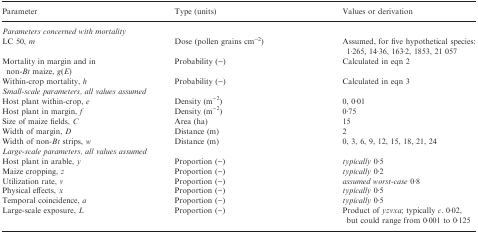
<table><thead><tr><td><b>Parameter</b></td><td><b>Type (units)</b></td><td><b>Values or derivation</b></td></tr></thead><tbody><tr><td colspan="3"><i>Parameters concerned with mortality</i></td></tr><tr><td>LC 50, <i>m</i></td><td>Dose (pollen grains cm<sup>−2</sup>)</td><td>Assumed, for five hypothetical species: 1·265, 14·36, 163·2, 1853, 21 057</td></tr><tr><td>Mortality in margin and in non-<i>Bt</i> maize, <i>g</i>(<i>E</i>)</td><td>Probability (−)</td><td>Calculated in eqn 2</td></tr><tr><td>Within-crop mortality, <i>h</i></td><td>Probability (−)</td><td>Calculated in eqn 3</td></tr><tr><td colspan="3"><i>Small-scale parameters, all values assumed</i></td></tr><tr><td>Host plant within-crop, <i>e</i></td><td>Density (m<sup>−2</sup>)</td><td>0, 0·01</td></tr><tr><td>Host plant in margin, <i>f</i></td><td>Density (m<sup>−2</sup>)</td><td>0·75</td></tr><tr><td>Size of maize fields, <i>C</i></td><td>Area (ha)</td><td>15</td></tr><tr><td>Width of margin, <i>D</i></td><td>Distance (m)</td><td>2</td></tr><tr><td>Width of non-<i>Bt</i> strips, <i>w</i></td><td>Distance (m)</td><td>0, 3, 6, 9, 12, 15, 18, 21, 24</td></tr><tr><td colspan="3"><i>Large-scale parameters, all values assumed</i></td></tr><tr><td>Host plant in arable, <i>y</i></td><td>Proportion (−)</td><td><i>typically</i> 0·5</td></tr><tr><td>Maize cropping, <i>z</i></td><td>Proportion (−)</td><td><i>typically</i> 0·2</td></tr><tr><td>Utilization rate, <i>v</i></td><td>Proportion (−)</td><td><i>assumed worst-case</i> 0·8</td></tr><tr><td>Physical effects, <i>x</i></td><td>Proportion (−)</td><td><i>typically</i> 0·5</td></tr><tr><td>Temporal coincidence, <i>a</i></td><td>Proportion (−)</td><td><i>typically</i> 0·5</td></tr><tr><td>Large-scale exposure, <i>L</i></td><td>Proportion (−)</td><td>Product of <i>yzvxa</i>; typically <i>c</i>. 0·02, but could range from 0·001 to 0·125</td></tr></tbody></table>